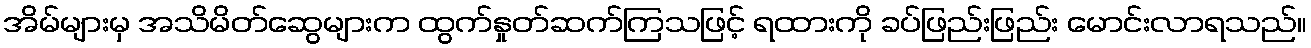
အိမ်များမှ အသိမိတ်ဆွေများက ထွက်နှုတ်ဆက်ကြသဖြင့် ရထားကို ခပ်ဖြည်းဖြည်း မောင်းလာရသည်။